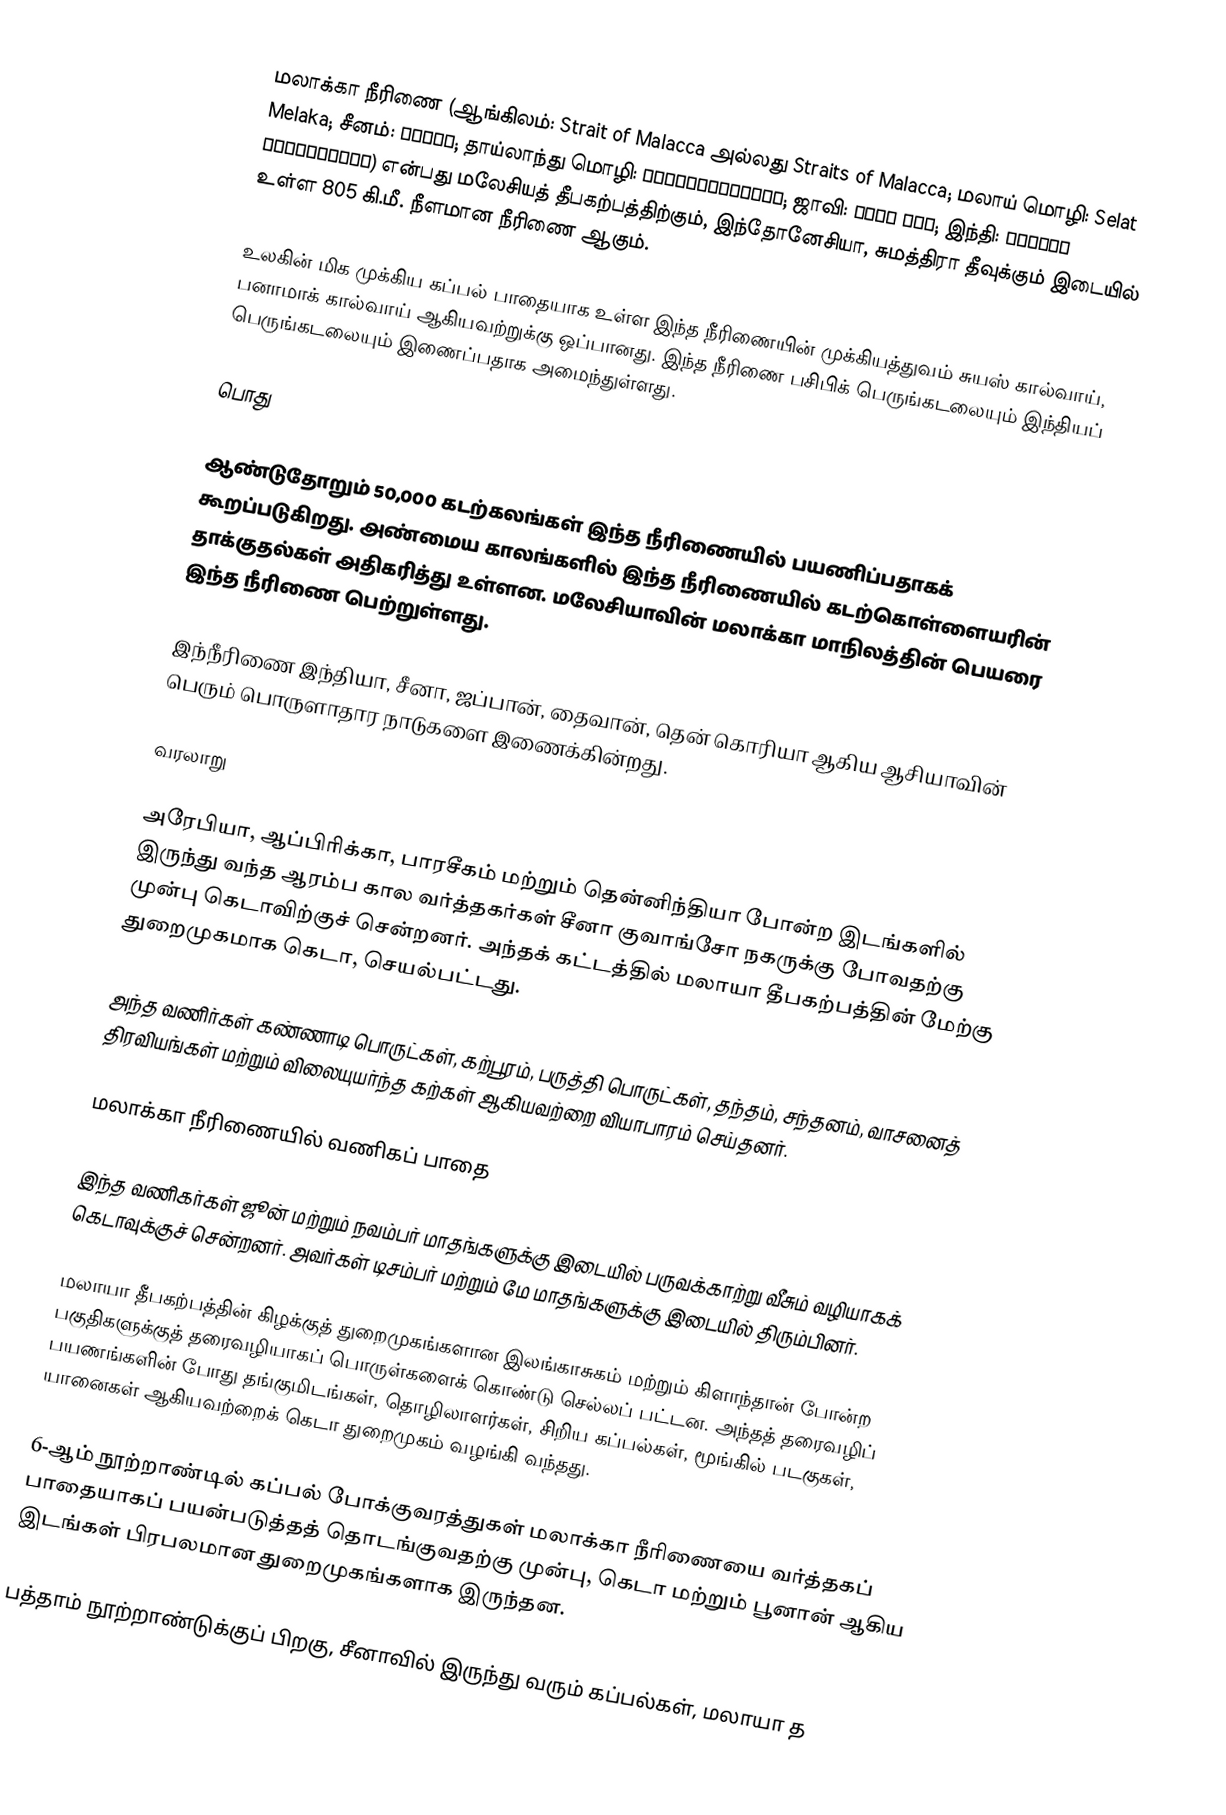
மலாக்கா நீரிணை (ஆங்கிலம்: Strait of Malacca அல்லது Straits of Malacca; மலாய் மொழி: Selat Melaka; சீனம்: 马六甲海峡; தாய்லாந்து மொழி: ช่องแคบมะละกา; ஜாவி: سلت ملاک; இந்தி: मलक्का जलडमरूमध्य) என்பது மலேசியத் தீபகற்பத்திற்கும், இந்தோனேசியா, சுமத்திரா தீவுக்கும் இடையில் உள்ள 805 கி.மீ. நீளமான நீரிணை ஆகும்.

உலகின் மிக முக்கிய கப்பல் பாதையாக உள்ள இந்த நீரிணையின் முக்கியத்துவம் சுயஸ் கால்வாய், பனாமாக் கால்வாய் ஆகியவற்றுக்கு ஒப்பானது. இந்த நீரிணை பசிபிக் பெருங்கடலையும் இந்தியப் பெருங்கடலையும் இணைப்பதாக அமைந்துள்ளது.

பொது

ஆண்டுதோறும் 50,000 கடற்கலங்கள் இந்த நீரிணையில் பயணிப்பதாகக் கூறப்படுகிறது. அண்மைய காலங்களில் இந்த நீரிணையில் கடற்கொள்ளையரின் தாக்குதல்கள் அதிகரித்து உள்ளன. மலேசியாவின் மலாக்கா மாநிலத்தின் பெயரை இந்த நீரிணை பெற்றுள்ளது.

இந்நீரிணை இந்தியா, சீனா, ஜப்பான், தைவான், தென் கொரியா ஆகிய ஆசியாவின் பெரும் பொருளாதார நாடுகளை இணைக்கின்றது.

வரலாறு

அரேபியா, ஆப்பிரிக்கா, பாரசீகம் மற்றும் தென்னிந்தியா போன்ற இடங்களில் இருந்து வந்த ஆரம்ப கால வர்த்தகர்கள் சீனா குவாங்சோ நகருக்கு போவதற்கு முன்பு கெடாவிற்குச் சென்றனர். அந்தக் கட்டத்தில் மலாயா தீபகற்பத்தின் மேற்கு துறைமுகமாக கெடா, செயல்பட்டது.

அந்த வணிர்கள் கண்ணாடி பொருட்கள், கற்பூரம், பருத்தி பொருட்கள், தந்தம், சந்தனம், வாசனைத் திரவியங்கள் மற்றும் விலையுயர்ந்த கற்கள் ஆகியவற்றை வியாபாரம் செய்தனர்.

மலாக்கா நீரிணையில் வணிகப் பாதை

இந்த வணிகர்கள் ஜூன் மற்றும் நவம்பர் மாதங்களுக்கு இடையில் பருவக்காற்று வீசும் வழியாகக் கெடாவுக்குச் சென்றனர். அவர்கள் டிசம்பர் மற்றும் மே மாதங்களுக்கு இடையில் திரும்பினர்.

மலாயா தீபகற்பத்தின் கிழக்குத் துறைமுகங்களான இலங்காசுகம் மற்றும் கிளாந்தான் போன்ற பகுதிகளுக்குத் தரைவழியாகப் பொருள்களைக் கொண்டு செல்லப் பட்டன. அந்தத் தரைவழிப் பயணங்களின் போது தங்குமிடங்கள், தொழிலாளர்கள், சிறிய கப்பல்கள், மூங்கில் படகுகள், யானைகள் ஆகியவற்றைக் கெடா துறைமுகம் வழங்கி வந்தது.

6-ஆம் நூற்றாண்டில் கப்பல் போக்குவரத்துகள் மலாக்கா நீரிணையை வர்த்தகப் பாதையாகப் பயன்படுத்தத் தொடங்குவதற்கு முன்பு, கெடா மற்றும் பூனான் ஆகிய இடங்கள் பிரபலமான துறைமுகங்களாக இருந்தன.

பத்தாம் நூற்றாண்டுக்குப் பிறகு, சீனாவில் இருந்து வரும் கப்பல்கள், மலாயா த